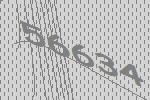
56634